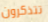
تتذكرون